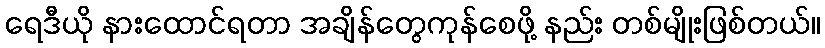
ရေဒီယို နားထောင်ရတာ အချိန်တွေကုန်စေဖို့ နည်း တစ်မျိုးဖြစ်တယ်။